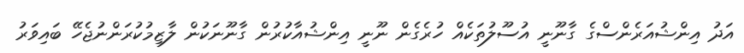
އަދު އިންޝުއަރެންސްގެ ގާނޫނީ އުސޫލުތަކެއް ހުރެގެން ނޫނީ އިންޝުއާކުރުން ގާނޫނަކުން ލާޒިމުކުރަންނުޖެހޭ ބައިވަރު